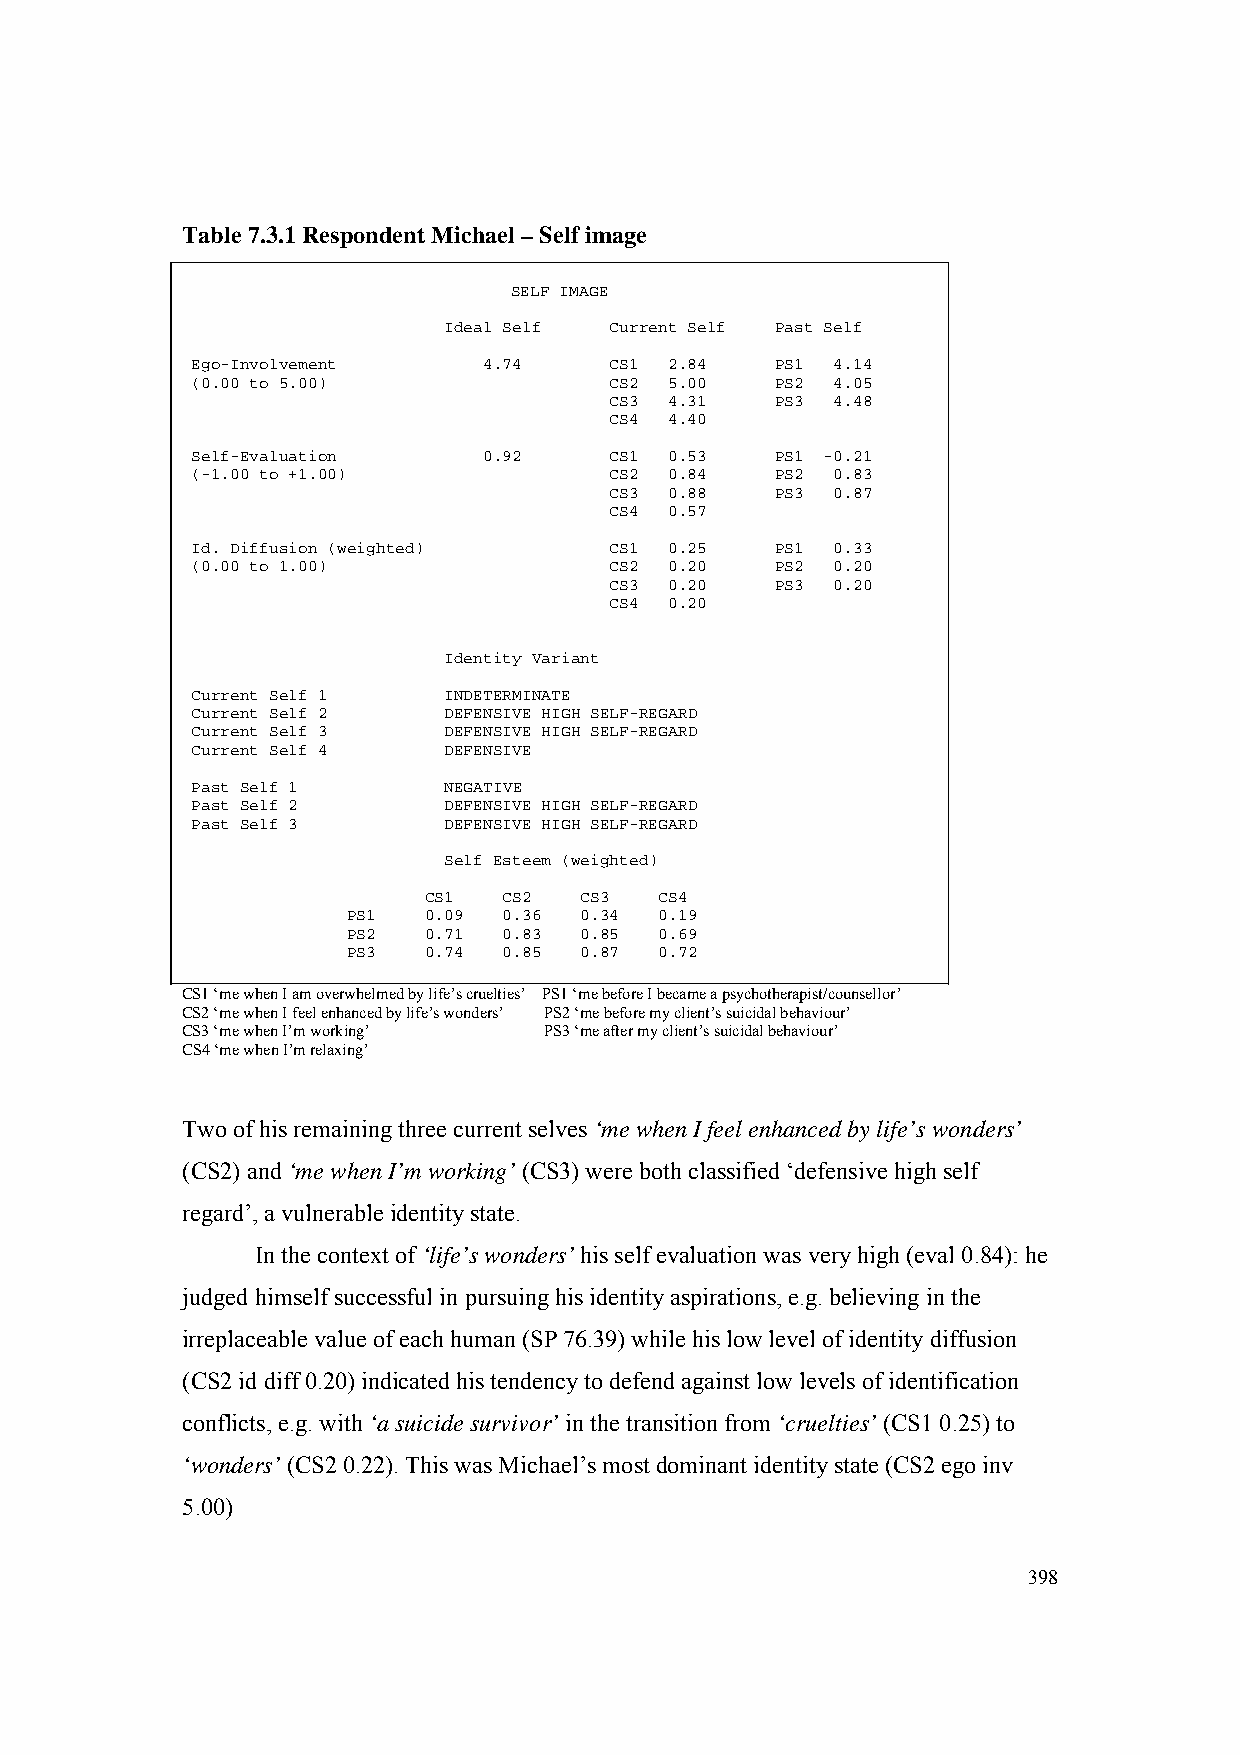
Table 7.3.1 Respondent Michael – Self image
 SELF IMAGE
 Ideal Self Current Self Past Self
 Ego-Involvement    4.74    CS1 2.84   PS1 4.14
 (0.00 to 5.00)             CS2 5.00   PS2 4.05
 CS3 4.31   PS3 4.48
 CS4 4.40
 Self-Evaluation    0.92    CS1 0.53   PS1 -0.21
 (-1.00 to +1.00)           CS2 0.84   PS2 0.83
 CS3 0.88   PS3 0.87
 CS4 0.57
 Id. Diffusion (weighted)   CS1 0.25   PS1 0.33
 (0.00 to 1.00)             CS2 0.20   PS2 0.20
 CS3 0.20   PS3 0.20
 CS4 0.20
 Identity Variant
 Current Self 1  INDETERMINATE
 Current Self 2  DEFENSIVE HIGH SELF-REGARD
 Current Self 3  DEFENSIVE HIGH SELF-REGARD
 Current Self 4  DEFENSIVE
 Past Self 1     NEGATIVE
 Past Self 2     DEFENSIVE HIGH SELF-REGARD
 Past Self 3     DEFENSIVE HIGH SELF-REGARD
 Self Esteem (weighted)
 CS1  CS2  CS3   CS4
 PS1  0.09 0.36 0.34  0.19
 PS2  0.71 0.83 0.85  0.69
 PS3  0.74 0.85 0.87  0.72
 CS1 ‘me when I am overwhelmed by life’s cruelties’ PS1 ‘me before I became a psychotherapist/counsellor’
 CS2 ‘me when I feel enhanced by life’s wonders’ PS2 ‘me before my client’s suicidal behaviour’
 CS3 ‘me when I’m working’ PS3 ‘me after my client’s suicidal behaviour’
 CS4 ‘me when I’m relaxing’
 Two of his remaining three current selves ‘me when I feel enhanced by life’s wonders’
 (CS2) and ‘me when I’m working’ (CS3) were both classified ‘defensive high self
 regard’, a vulnerable identity state.
 In the context of ‘life’s wonders’ his self evaluation was very high (eval 0.84): he
 judged himself successful in pursuing his identity aspirations, e.g. believing in the
 irreplaceable value of each human (SP 76.39) while his low level of identity diffusion
 (CS2 id diff 0.20) indicated his tendency to defend against low levels of identification
 conflicts, e.g. with ‘a suicide survivor’ in the transition from ‘cruelties’ (CS1 0.25) to
 ‘wonders’ (CS2 0.22). This was Michael’s most dominant identity state (CS2 ego inv
 5.00)
 398